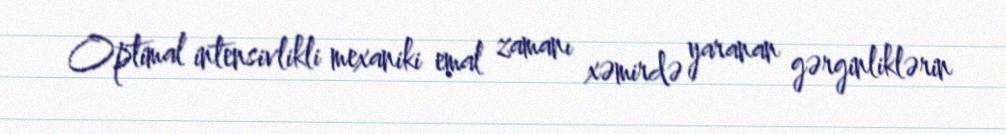
Optimal intensivlikli mexaniki emal zamanı xəmirdə yaranan gərginliklərin